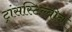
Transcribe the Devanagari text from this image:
ट्रांसस्टिल्बीन